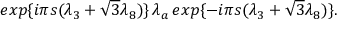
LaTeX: e x p \{ { i { \pi } s ( { \lambda } _ { 3 } + { \sqrt { 3 } } { \lambda } _ { 8 } ) } \} \, { \lambda } _ { a } \, e x p \{ { - i { \pi } s ( { \lambda } _ { 3 } + { \sqrt { 3 } } { \lambda } _ { 8 } ) } \} .